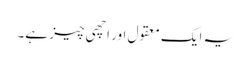
یہ ایک معقول اور اچھی چیز ہے۔